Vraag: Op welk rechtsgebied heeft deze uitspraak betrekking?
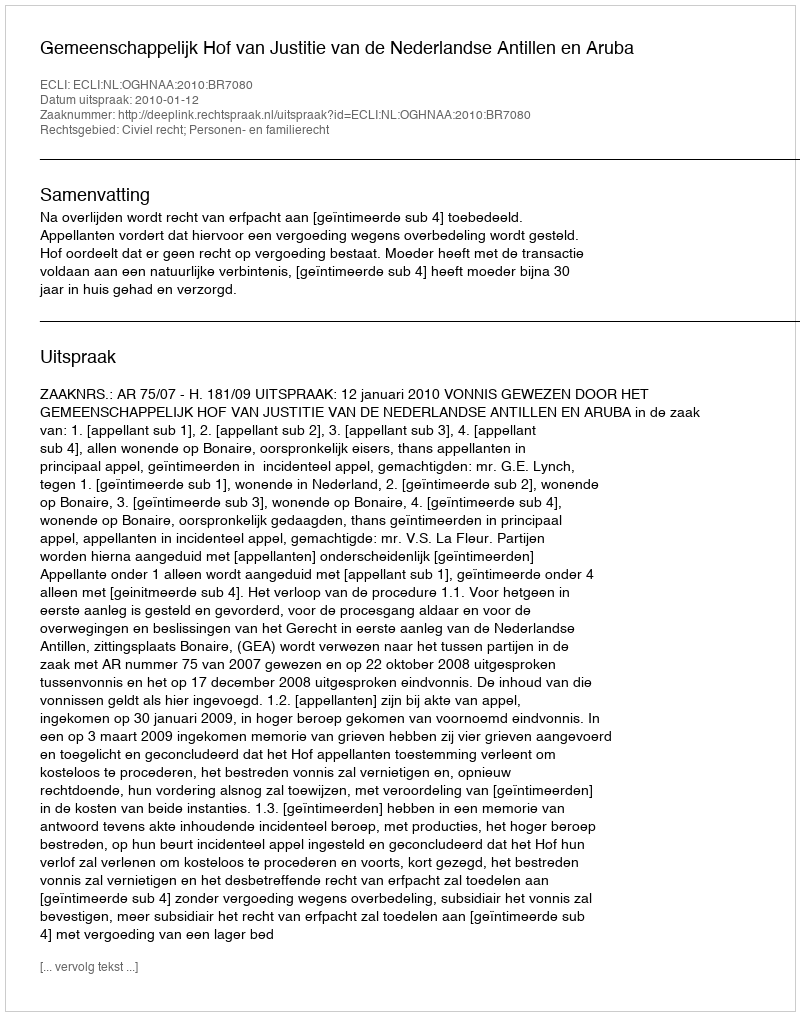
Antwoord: Civiel recht; Personen- en familierecht